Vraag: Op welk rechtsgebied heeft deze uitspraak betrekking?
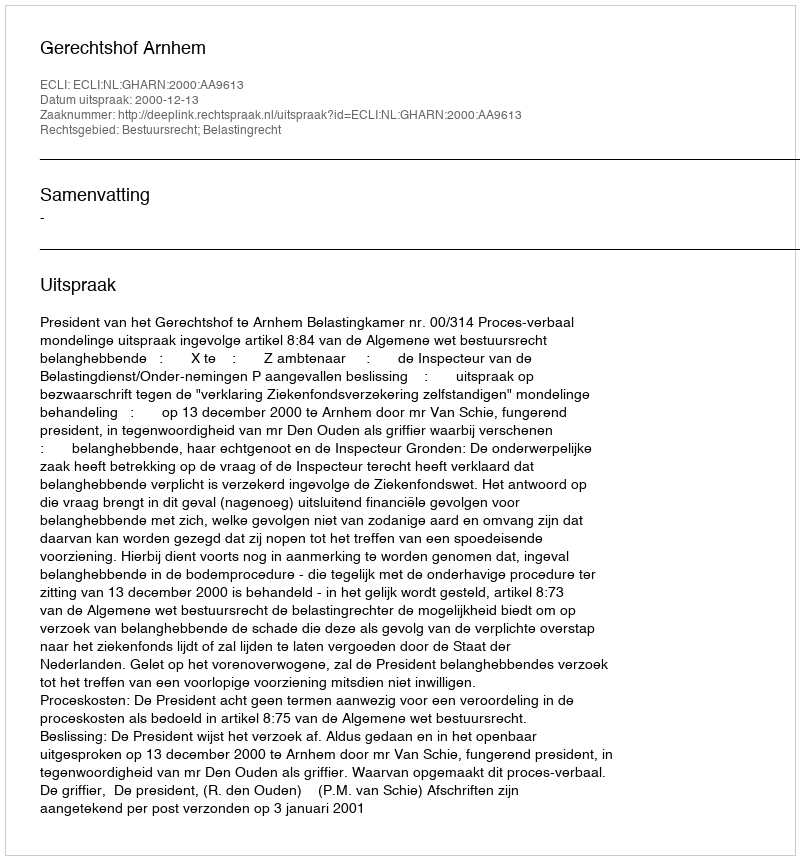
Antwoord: Bestuursrecht; Belastingrecht